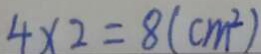
4 \times 2 = 8 ( c m ^ { 2 } )